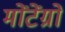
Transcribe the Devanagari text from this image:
मोंटेंग्रो